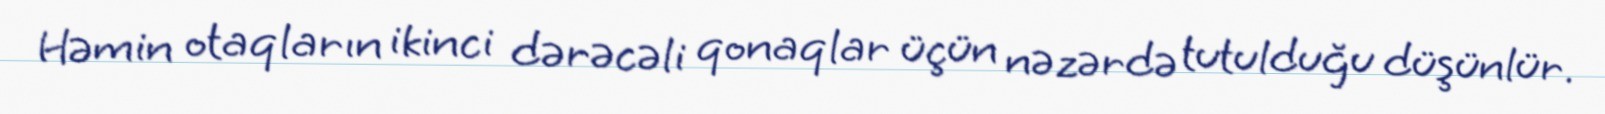
Həmin otaqların ikinci dərəcəli qonaqlar üçün nəzərdə tutulduğu düşünlür.